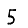
Digit: 5